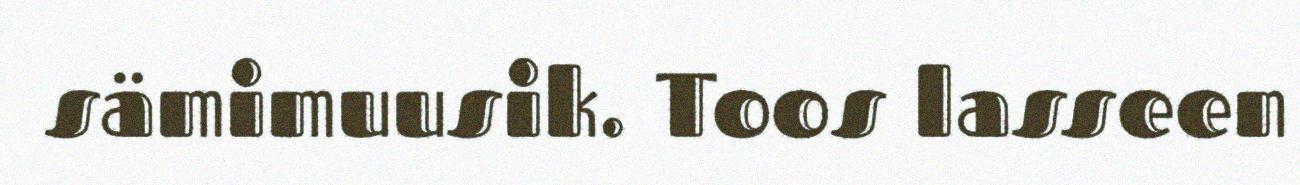
sämimuusik. Toos lasseen